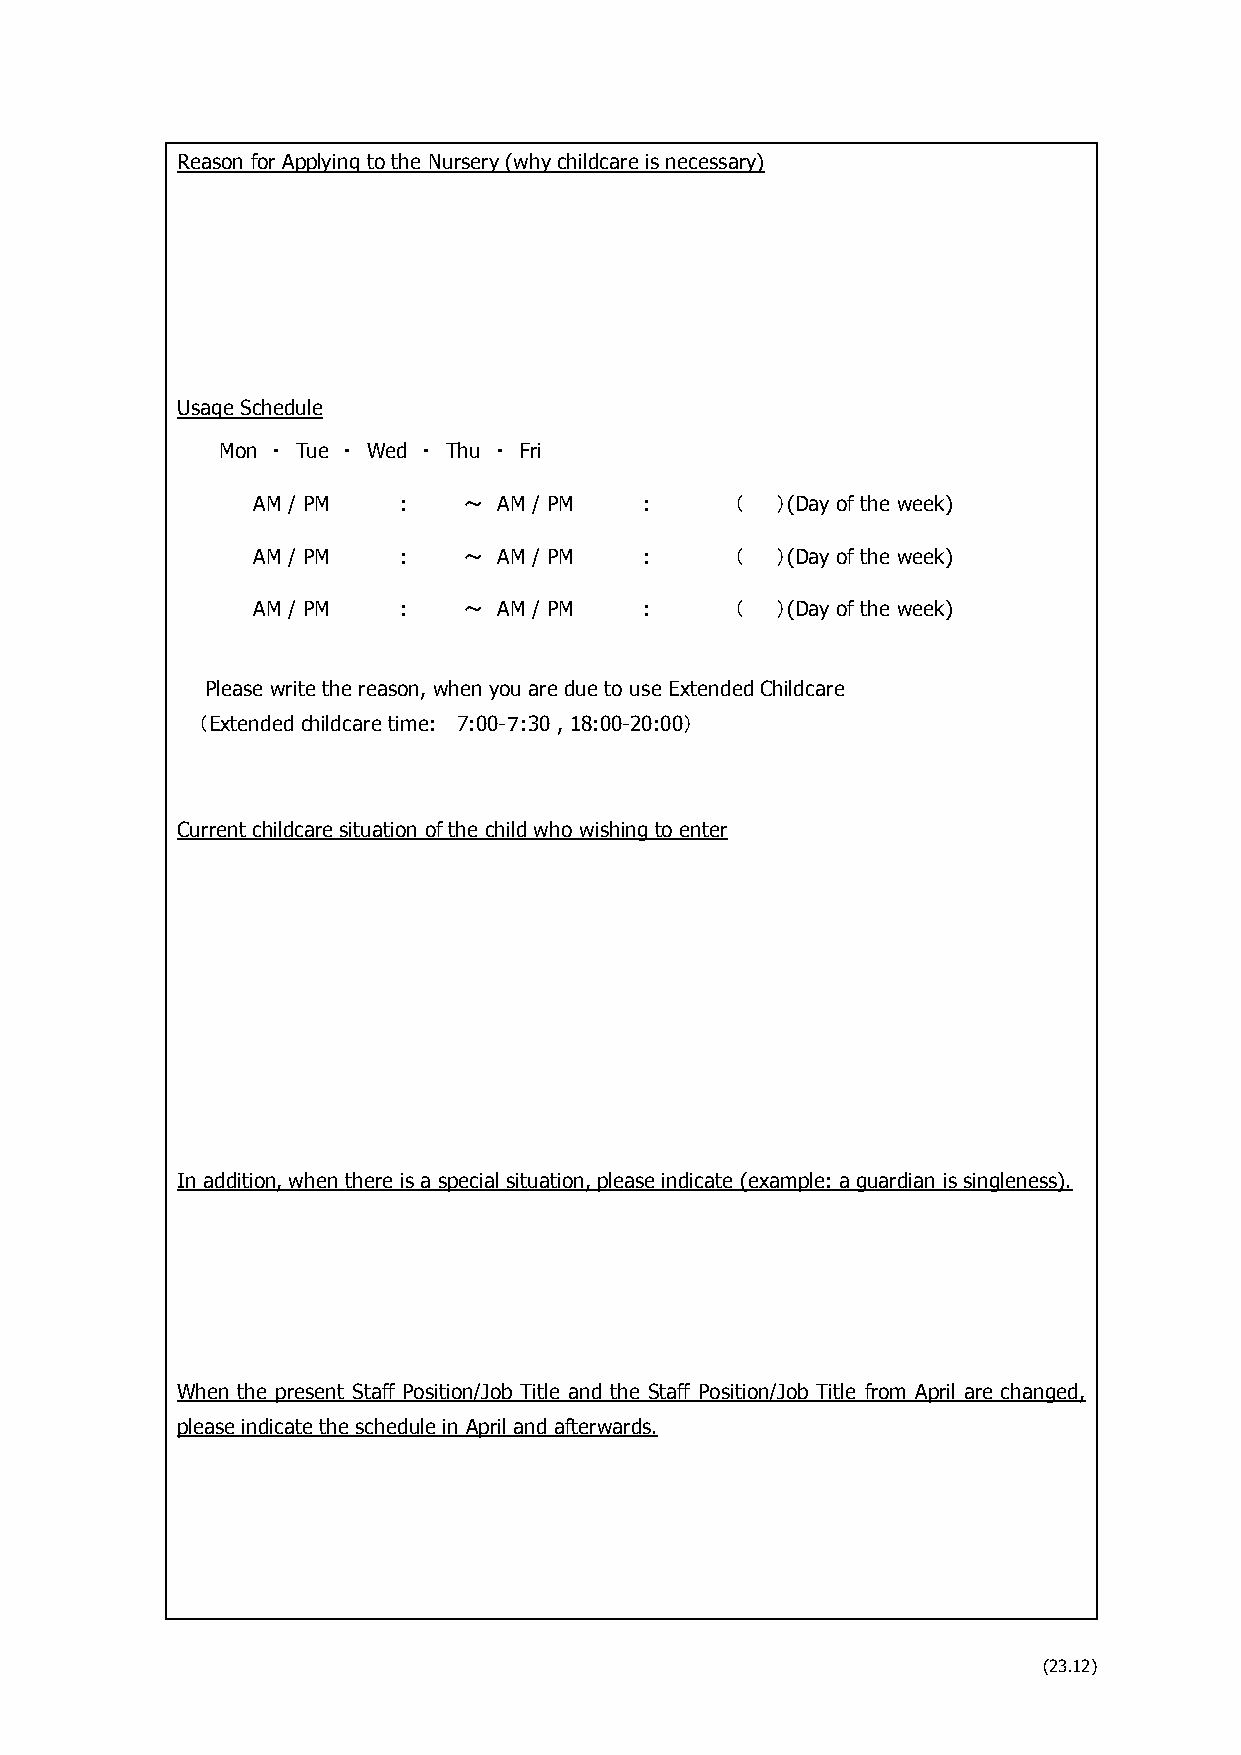
Reason for Applying to the Nursery (why childcare is necessary)
 Usage Schedule
 Mon ・ Tue ・ Wed ・ Thu ・ Fri
 AM / PM  :    ～ AM / PM   :     （ ）(Day of the week)
 AM / PM  :    ～ AM / PM   :     （ ）(Day of the week)
 AM / PM  :    ～ AM / PM   :     （ ）(Day of the week)
 Please write the reason, when you are due to use Extended Childcare
 （Extended childcare time: 7:00-７:30 , 18:00-20:00）
 Current childcare situation of the child who wishing to enter
 In addition, when there is a special situation, please indicate (example: a guardian is singleness).
 When the present Staff Position/Job Title and the Staff Position/Job Title from April are changed,
 please indicate the schedule in April and afterwards.
 (23.12)